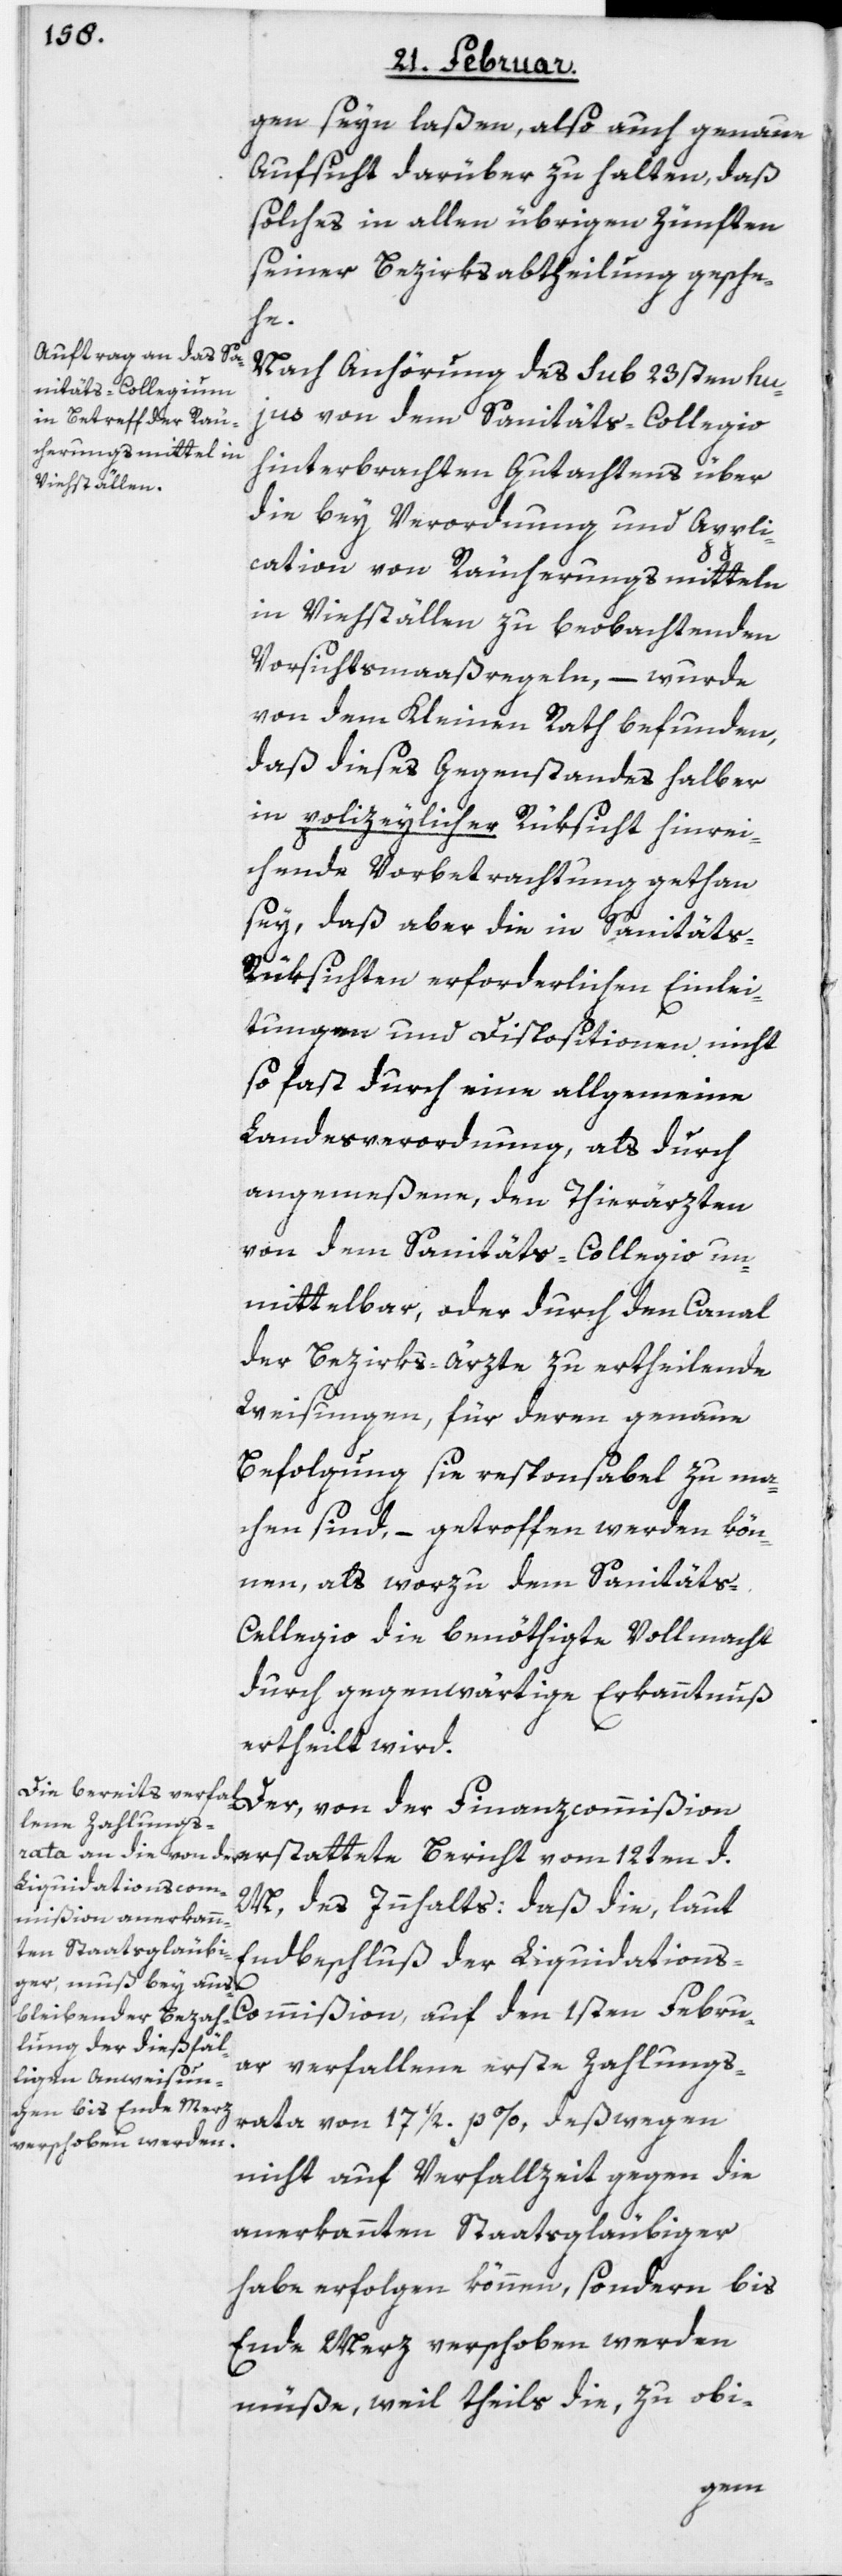
gen seyn laßen, also auch genaue
Aufsicht darüber zu halten, daß
solches in allen übrigen Zünften
seiner Bezirksabtheilung gesche¬
der
Nach Anhörung des sub 23sten hu¬
jus von dem Sanitäts-Collegio
hinterbrachten Gutachtens über
die bey Verordnung und Appli¬
cation von Räucherungsmitteln
in Viehställen zu beobachtenden
Vorsichtsmaaßregeln, – wurde
von dem Kleinen Rath befunden,
daß dieses Gegenstandes halber
in polizeylicher Rüksicht hinrei¬
chende Vorbetrachtung gethan
sey, daß aber die in Sanität¬
s-Rüksichten erforderlichen Einlei¬
tungen und Dispositionen nicht
so fast durch eine allgemeine
Landesverordnung, als durch
angemeßene, den Thierärzten
von dem Sanitäts-Collegio un¬
mittelbar, oder durch den Canal
der Bezirks-Ärzte zu ertheilende
Weisungen, für deren genaue
Befolgung sie responsabel zu ma¬
chen sind, – getroffen werden kön¬
nen, als worzu dem Sanitäts-C¬
ollegio die benöthigte Vollmacht
durch gegenwärtige Erkanntnuß
ertheilt wird.
M, des Innhalts: daß die, laut
Endbeschluß der Liquidation¬
s-Commißion, auf den 1sten Febru¬
ar verfallene erste Zahlungs¬
rata von 17 1/2. p %, deßwegen
nicht auf Verfallzeit gegen die
anerkannten Staatsgläubiger
habe erfolgen können, sondern bis
Ende Merz verschoben werden
müße, weil theils die, zu obi-